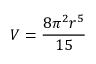
V = { \frac { 8 \pi ^ { 2 } r ^ { 5 } } { 1 5 } }